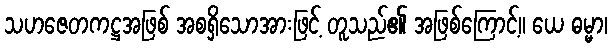
သဟဇေတကဋ္ဌအဖြစ် အစရှိသောအားဖြင့် တူသည်၏ အဖြစ်ကြောင့်။ ယေ ဓမ္မာ၊